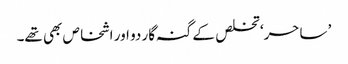
’ ساحر‘ تخلص کے گنہ گار دو اور اشخاص بھی تھے۔